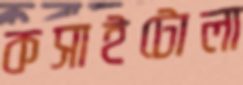
কসাইটোলা